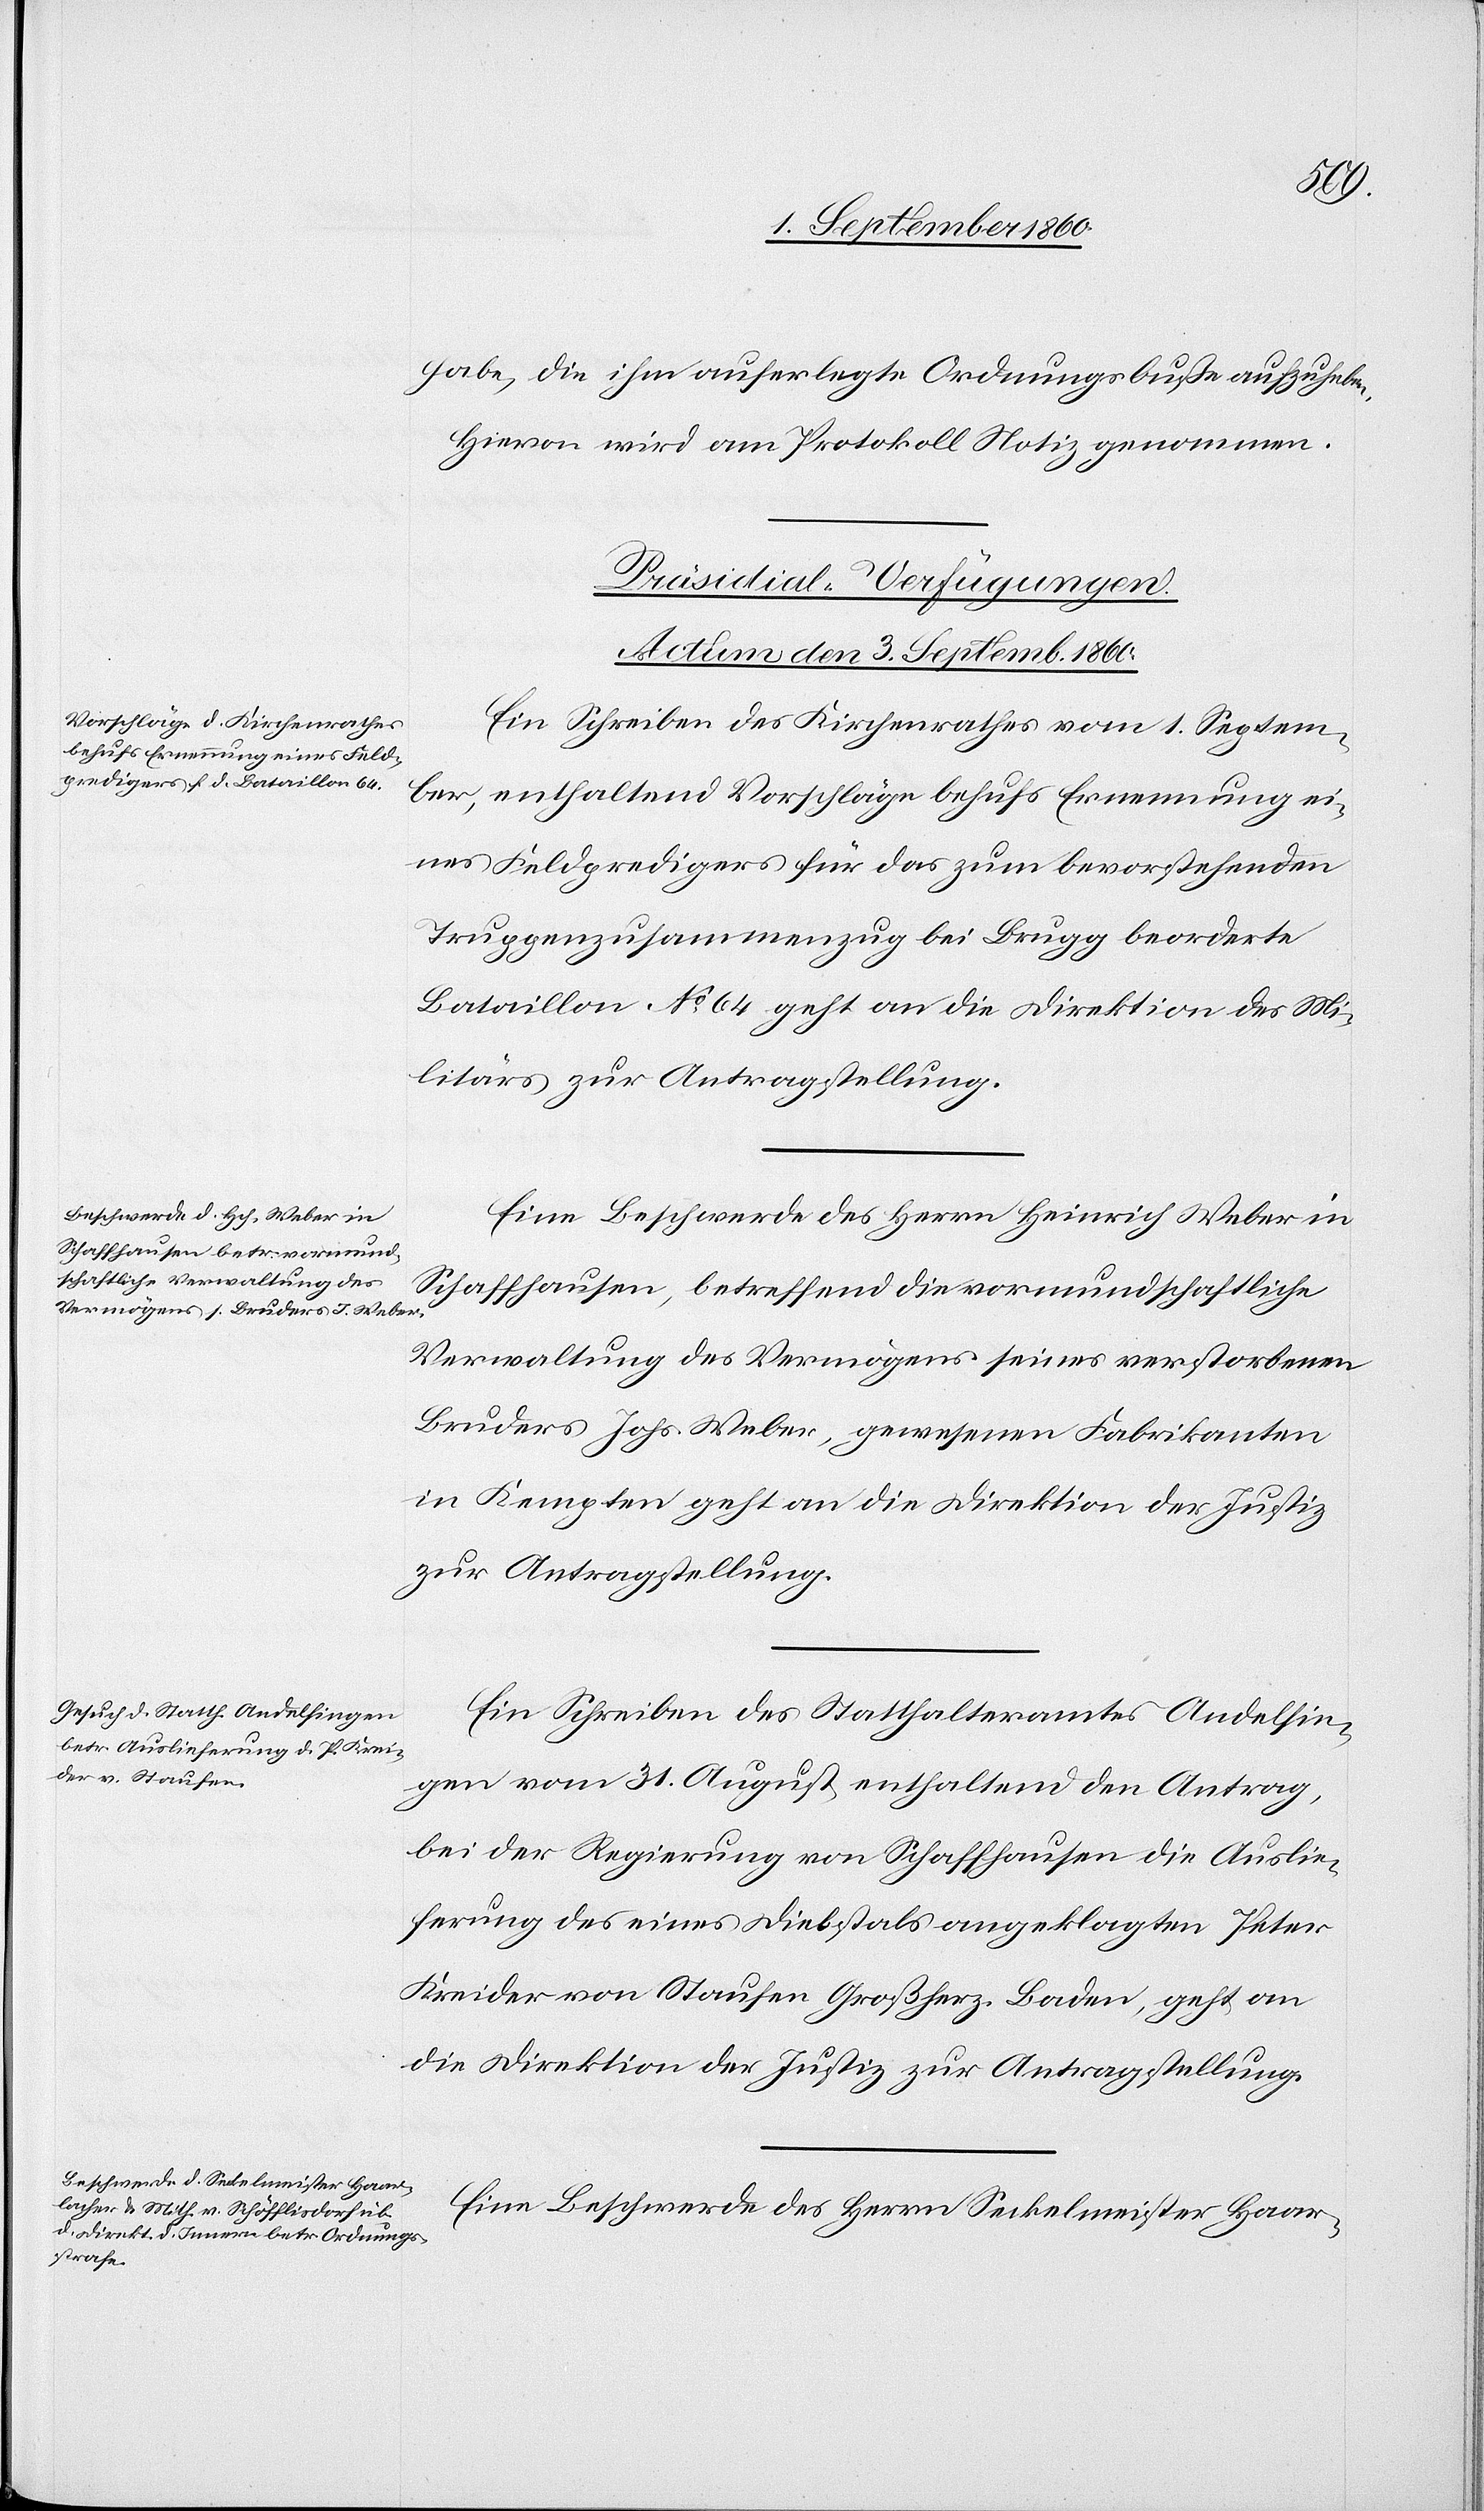
la-
Hievon wird am Protokoll Notiz genommen.
[Praesidial-Verfügungen.
Actum den 3. September 1860.]
Ein Schreiben des Kirchenrathes vom 1. Septem¬
ber, enthaltend Vorschläge behufs Ernennung ei¬
nes Feldpredigers für das zum bevorstehenden
Truppenzusammenzug bei Brugg beorderte
Bataillon No 64 geht an die Direktion des Mi¬
litärs zur Antragstellung.
Eine Beschwerde des Herrn Heinrich Weber in
Schaffhausen betreffend die vormundschaftliche
Verwaltung des Vermögens seines verstorbenen
Bruders Johs. Weber, gewesenen Fabrikanten
in Kempten geht an die Direktion der Justiz
zur Antragstellung.
Ein Schreiben des Statthalteramtes Andelfin¬
der von Staufen,
gen vom 31. August, enthaltend den Antrag,
bei der Regierung von Schaffhausen die Auslie¬
ferung des eines Diebstals angeklagten Peter
die Direktion der Justiz zur Antragstellung.
Eine Beschwerde des Hrn. Seckelmeister Haar¬